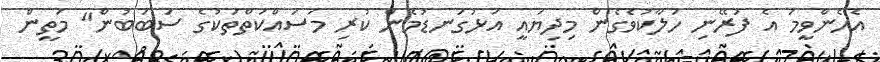
އެެހެންވީމަ އެ ފުރޭނި ހަލާކުވެގެން މިދިޔައީ އަޅުގަނޑުމެން ކުރި މަސައްކަތްތަކުގެ ސަބަބުން" މަތީން